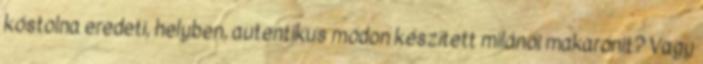
kóstolna eredeti, helyben, autentikus módon készített milánói makarónit? Vagy